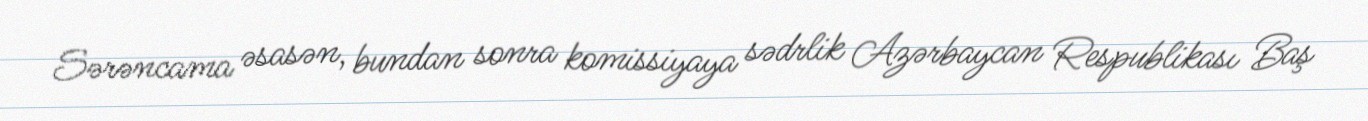
Sərəncama əsasən, bundan sonra komissiyaya sədrlik Azərbaycan Respublikası Baş